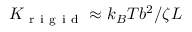
K _ { \mathrm { ~ r ~ i ~ g ~ i ~ d ~ } } \approx k _ { B } T b ^ { 2 } / \zeta L